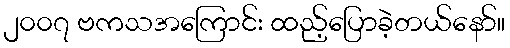
၂၀၀၇ ဗကသအကြောင်း ထည့်ပြောခဲ့တယ်နော်။